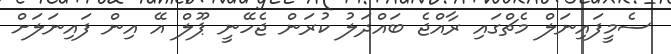
ސެމީފައިނަލް މެޗްގައި ރާއްޖެ ބައްދަލު ކުރަން ޖެހޭނީ ޕޫލް އޭ އިން ފައިނަލަށް